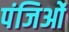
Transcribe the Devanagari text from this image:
पंजिओं